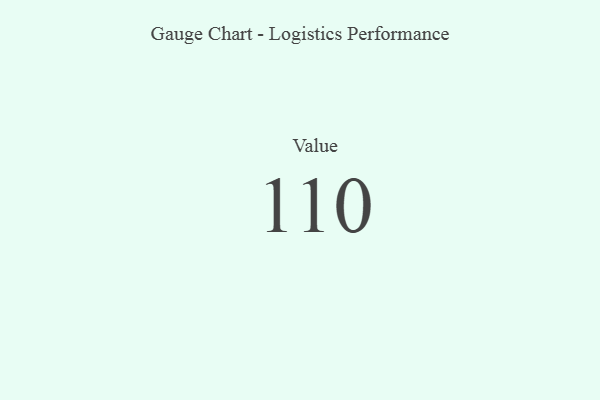
{"axis": {"x": "Metric", "y": "Value"}, "legend": [""], "data": [{"x": "Value", "y": 110, "type": ""}]}